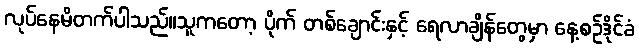
လုပ်နေမိတက်ပါသည်။သူကတော့ ပိုက် တစ်ချောင်းနှင့် ရေလာချိန်တွေမှာ နေ့စဉ်ဒိုင်ခံ